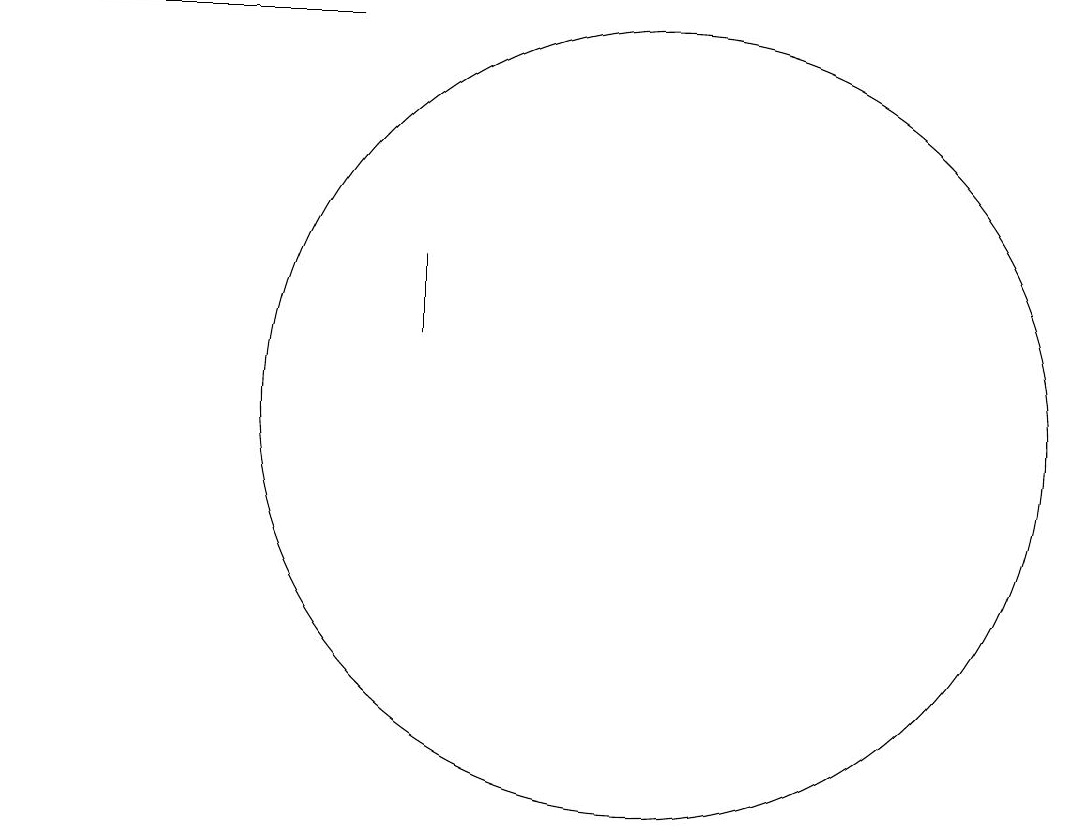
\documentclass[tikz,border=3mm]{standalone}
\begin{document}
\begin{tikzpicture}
\draw (8,13) rectangle (8,12);
\draw (7,16) rectangle (3,16);
\draw (11,11) circle (5);
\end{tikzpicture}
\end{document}